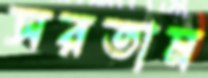
সরতাম